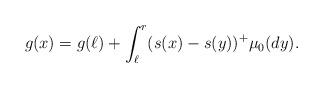
LaTeX: \begin{align*}g(x)=g(\ell)+\int_{\ell}^r (s(x)-s(y))^+ \mu_0(dy).\end{align*}